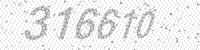
Solution: 316610